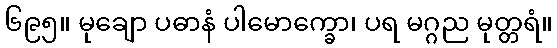
၆၉၅။ မုချော ပဓာနံ ပါမောက္ခော၊ ပရ မဂ္ဂည မုတ္တရံ။